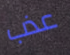
عذب